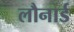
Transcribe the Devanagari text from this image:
लौनार्ड